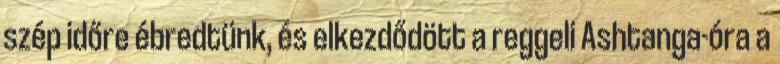
szép időre ébredtünk, és elkezdődött a reggeli Ashtanga-óra a